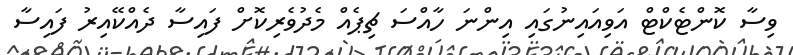
ވިސާ ކޮންޓެކްޓް އަވިއައިނުގައި އިންނަ ހާއްސަ ޗިޕެއް މެދުވެރިކޮށް ފައިސާ ދެއްކޭއިރު ފައިސާ